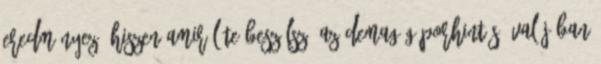
eredményez, hiszen amiről Te beszélsz, az demagóg porhintés. Valójában